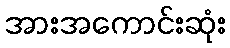
အားအကောင်းဆုံး